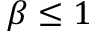
\beta \le 1